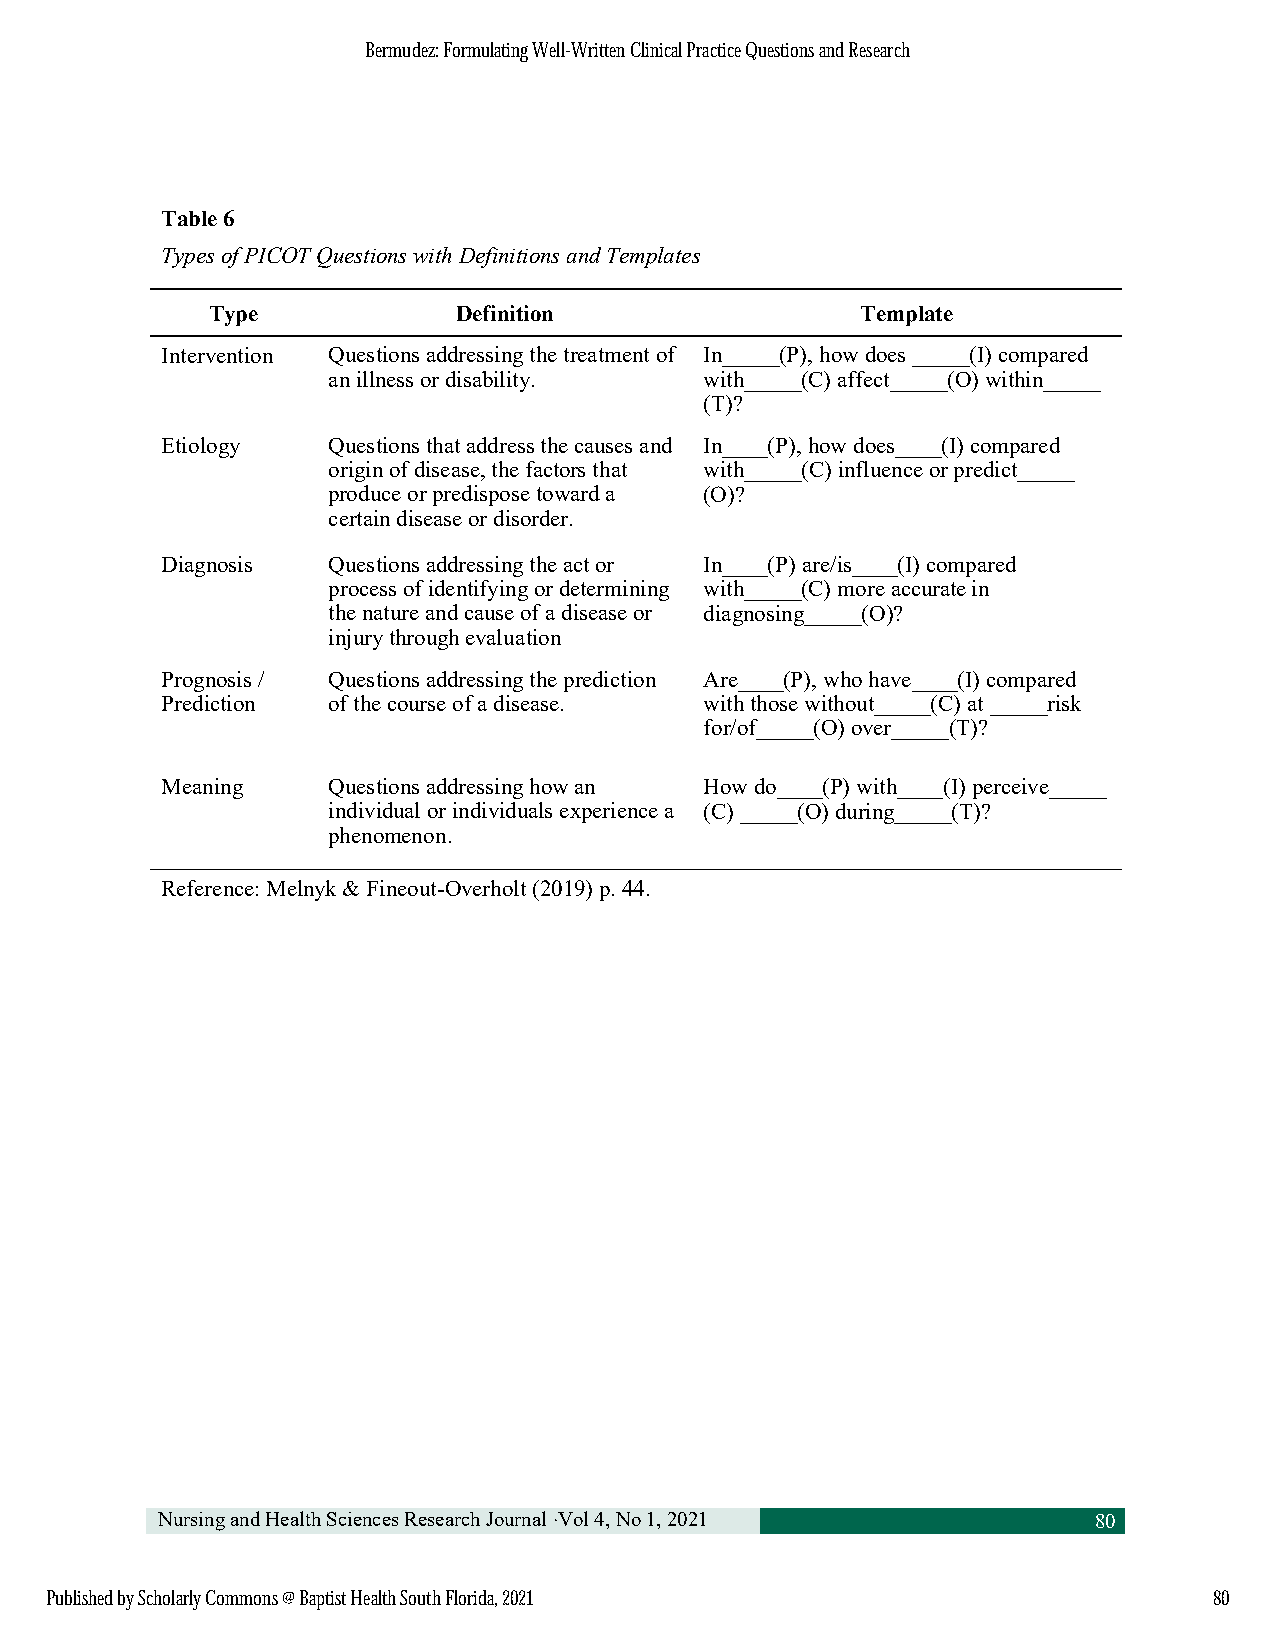
BBeerrmmuuddeezz:: FFoorrmmuullaattiinngg WWeellll--WWrriitttteenn CClliinniiccaall PPrraaccttiiccee QQuueessttiioonnss aanndd RReesseeaarrcchh
 Table 6
 Types of PICOT Questions with Definitions and Templates
 Type            Definition                 Template
 Intervention Questions addressing the treatment of In_____(P), how does _____(I) compared
 an illness or disability. with_____(C) affect_____(O) within_____
 (T)?
 Etiology   Questions that address the causes and In____(P), how does____(I) compared
 origin of disease, the factors that with_____(C) influence or predict_____
 produce or predispose toward a (O)?
 certain disease or disorder.
 Diagnosis  Questions addressing the act or In____(P) are/is____(I) compared
 process of identifying or determining with_____(C) more accurate in
 the nature and cause of a disease or diagnosing_____(O)?
 injury through evaluation
 Prognosis / Questions addressing the prediction Are____(P), who have____(I) compared
 Prediction of the course of a disease. with those without_____(C) at _____risk
 for/of_____(O) over_____(T)?
 Meaning    Questions addressing how an How do____(P) with____(I) perceive_____
 individual or individuals experience a (C) _____(O) during_____(T)?
 phenomenon.
 Reference: Melnyk & Fineout-Overholt (2019) p. 44.
 Nursing and Health Sciences Research Journal ·Vol 4, No 1, 2021 80
 PPuubblliisshheedd bbyy SScchhoollaarrllyy CCoommmmoonnss @@ BBaappttiisstt HHeeaalltthh SSoouutthh FFlloorriiddaa,, 22002211 8800